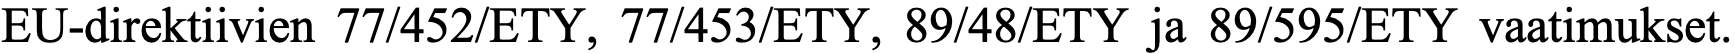
EU-direktiivien 77/452/ETY, 77/453/ETY, 89/48/ETY ja 89/595/ETY vaatimukset.